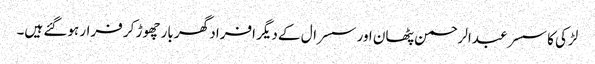
لڑکی کا سسر عبدالرحمن پٹھان اور سسرال کے دیگر افراد گھر بار چھوڑ کر فرار ہوگئے ہیں۔